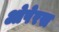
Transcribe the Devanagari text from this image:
ओपेरस